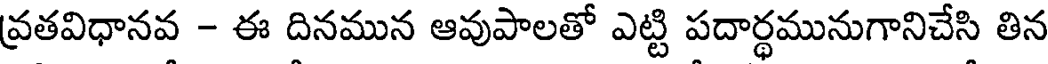
వ్రతవిధానవ - ఈ దినమున ఆవుపాలతో ఎట్టి పదార్థమునుగానిచేసి తిన